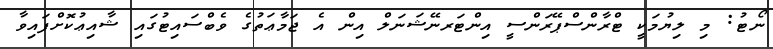
ނޯޓު: މި ލިޔުމަކީ ޓްރާންސްޕޭރަންސީ އިންޓަރނޭޝަނަލް އިން އެ ޖަމާޢަތުގެ ވެބްސައިޓުގައި ޝާއިޢުކޮށްފައިވާ